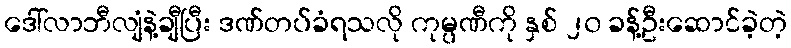
ဒေါ်လာဘီလျံနဲ့ချီပြီး ဒဏ်တပ်ခံရသလို ကုမ္ပဏီကို နှစ် ၂၀ ခန့်ဦးဆောင်ခဲ့တဲ့